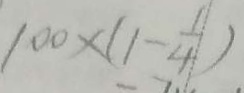
1 0 0 \times ( 1 - \frac { 1 } { 4 } )